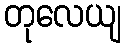
တုလေယျ